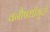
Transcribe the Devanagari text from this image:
वनौषधीमुळे